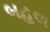
બહલ